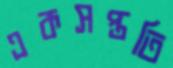
একসপ্ততি